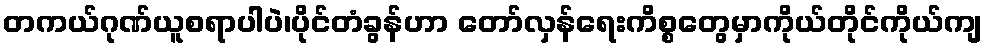
တကယ်ဂုဏ်ယူစရာပါပဲ၊ပိုင်တံခွန်ဟာ တော်လှန်ရေးကိစ္စတွေမှာကိုယ်တိုင်ကိုယ်ကျ